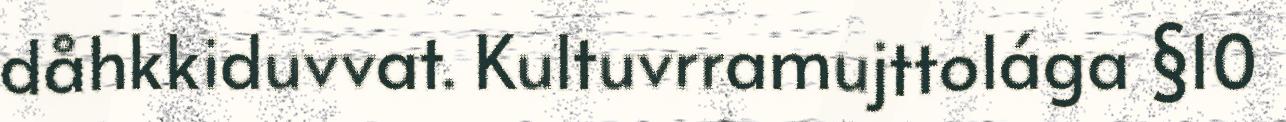
dåhkkiduvvat. Kultuvrramujttolága §10